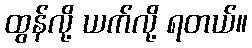
ထွန်လို့ ယက်လို့ ရတယ်။